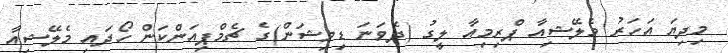
މިދިޔަ އަހަރު މެލޭޝިއާ ޕްރިމިއާ ލީގު (ދެވަނަ ޑިވިޝަން)ގެ ޗެމްޕިއަންކަން ހޯދައި މެލޭޝިއާ